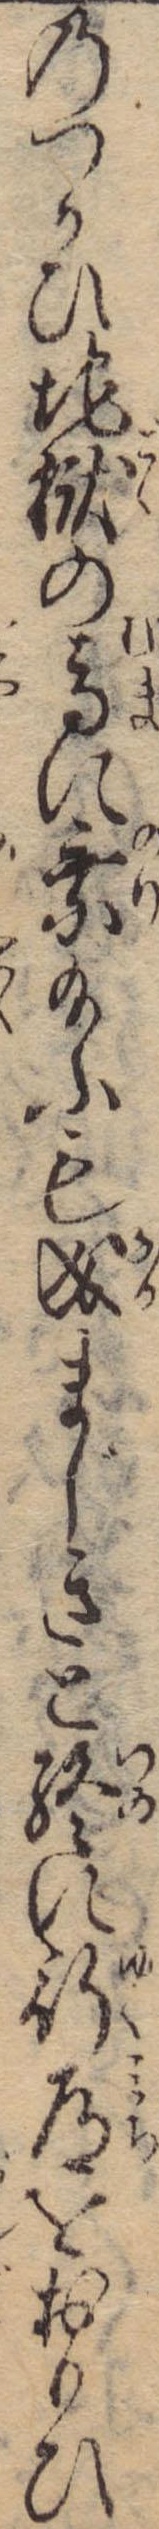
のつかひ地獄の馬に乗給ふも成まじきと終に行道をおもひ